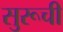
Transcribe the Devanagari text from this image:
सुरूची